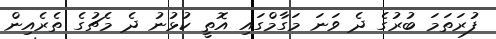
ފުރަތަަމަ ބުރުގެ ދެ ވަނަ މަގާމްގައި އޮތީ ކުޅުނު ދެ މެޗުގެ ތެރެއިން